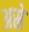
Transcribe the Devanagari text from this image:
अस्रे